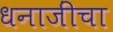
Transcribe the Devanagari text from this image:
धनाजींचा